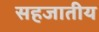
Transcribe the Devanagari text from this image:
सहजातीय